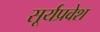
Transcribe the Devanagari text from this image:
सूर्यप्रवेश